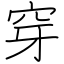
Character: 穿